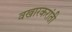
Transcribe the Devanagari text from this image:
वखारकरांती